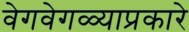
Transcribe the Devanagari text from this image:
वेगवेगळ्याप्रकारे